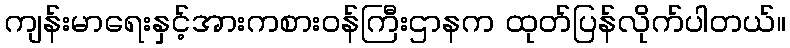
ကျန်းမာရေးနှင့်အားကစားဝန်ကြီးဌာနက ထုတ်ပြန်လိုက်ပါတယ်။